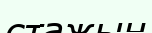
стажын